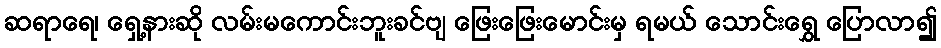
ဆရာရေ၊ ရှေ့နားဆို လမ်းမကောင်းဘူးခင်ဗျ ဖြေးဖြေးမောင်းမှ ရမယ် သောင်းရွှေ ပြောလာ၍